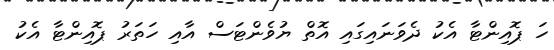
ހަ ޕޮއިންޓާ އެކު ދެވަނައިގައި އޮތް ޔުވެންޓަސް އާއި ހަތަރު ޕޮއިންޓާ އެކު